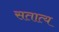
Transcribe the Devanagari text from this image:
सतात्य